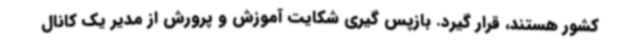
کشور هستند، قرار گیرد. بازپس گیری شکایت آموزش و پرورش از مدیر یک کانال